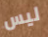
ليس